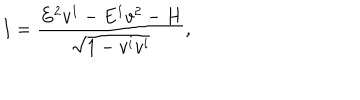
I = \frac { E ^ { 2 } v ^ { 1 } - E ^ { 1 } v ^ { 2 } - H } { \sqrt { 1 - v ^ { i } v ^ { i } } } ,